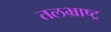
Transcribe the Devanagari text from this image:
तलभ्राष्ट्र